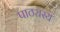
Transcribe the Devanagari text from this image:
पाठ्यस्य